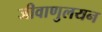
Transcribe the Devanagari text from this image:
जीवाणुलयन